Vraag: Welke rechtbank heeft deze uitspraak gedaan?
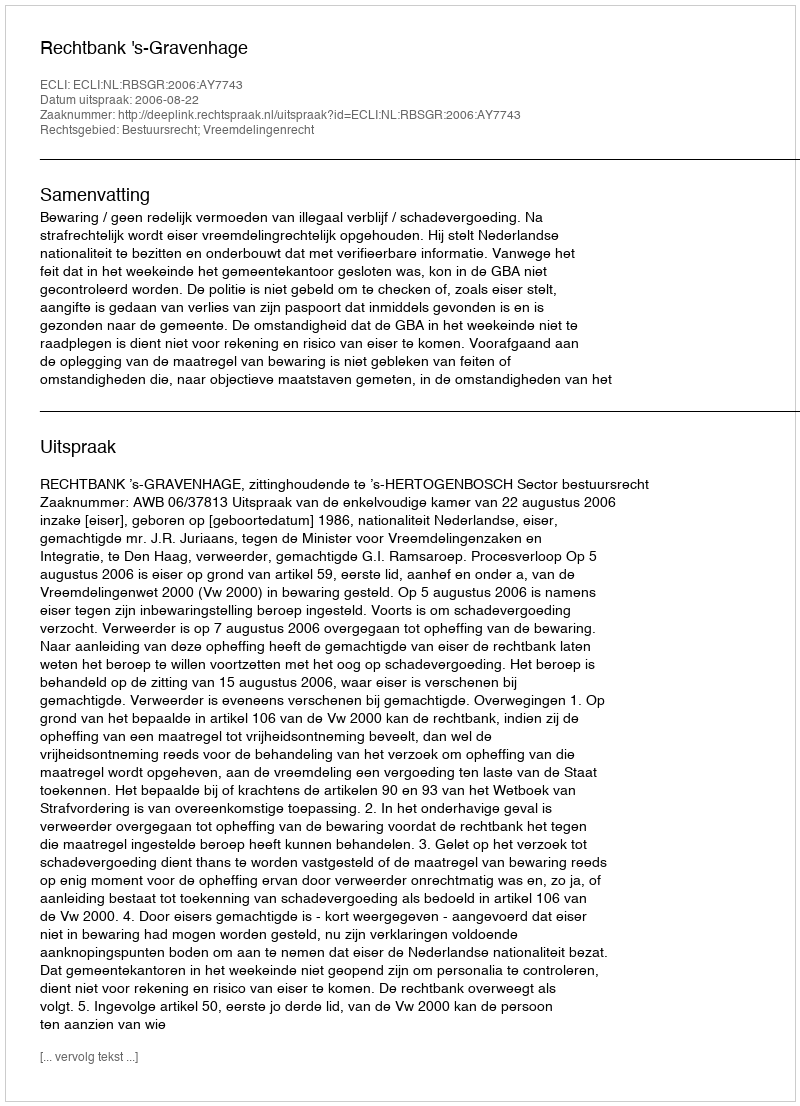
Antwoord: Rechtbank 's-Gravenhage